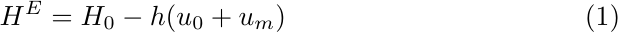
\begin{equation}
H^E = H_0 - h (u_0 + u_m)
\label{pert1}
\end{equation}